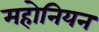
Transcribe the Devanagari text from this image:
महोनियन